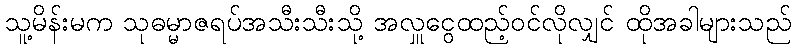
သူ့မိန်းမက သုဓမ္မာဇရပ်အသီးသီးသို့ အလှူငွေထည့်ဝင်လိုလျှင် ထိုအခါများသည်